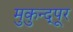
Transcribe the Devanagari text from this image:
मुकुन्द्पूर